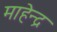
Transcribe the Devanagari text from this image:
माहेन्द्र